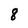
Character: 8